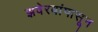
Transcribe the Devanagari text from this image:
झवेरबांपासून